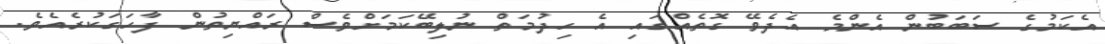
އެކަމުގެ ސަބަބުން އެންމެ އެދެވޭ ގޮތެއްގައި އެ ހިދުމަތް ނުލިބޭކަމަށްވެސް ރައްޔިތުން ފާހަގަކުރެއެވެ.